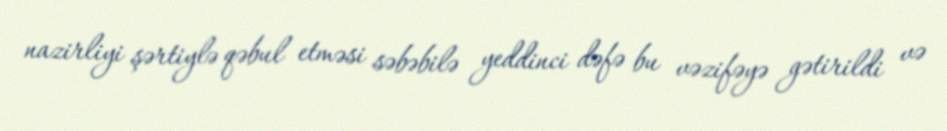
nazirliyi şərtiylə qəbul etməsi səbəbilə yeddinci dəfə bu vəzifəyə gətirildi və